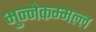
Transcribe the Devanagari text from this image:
भुन्नेकम्मल्ल